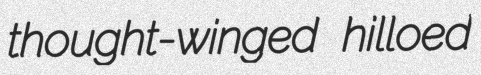
thought-winged hilloed